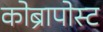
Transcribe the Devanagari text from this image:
कोब्रापोस्ट